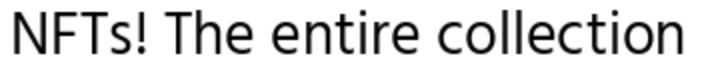
NFTs! The entire collection